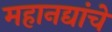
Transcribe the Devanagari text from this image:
महानद्यांचे